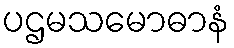
ပဌမသမောဓာနံ